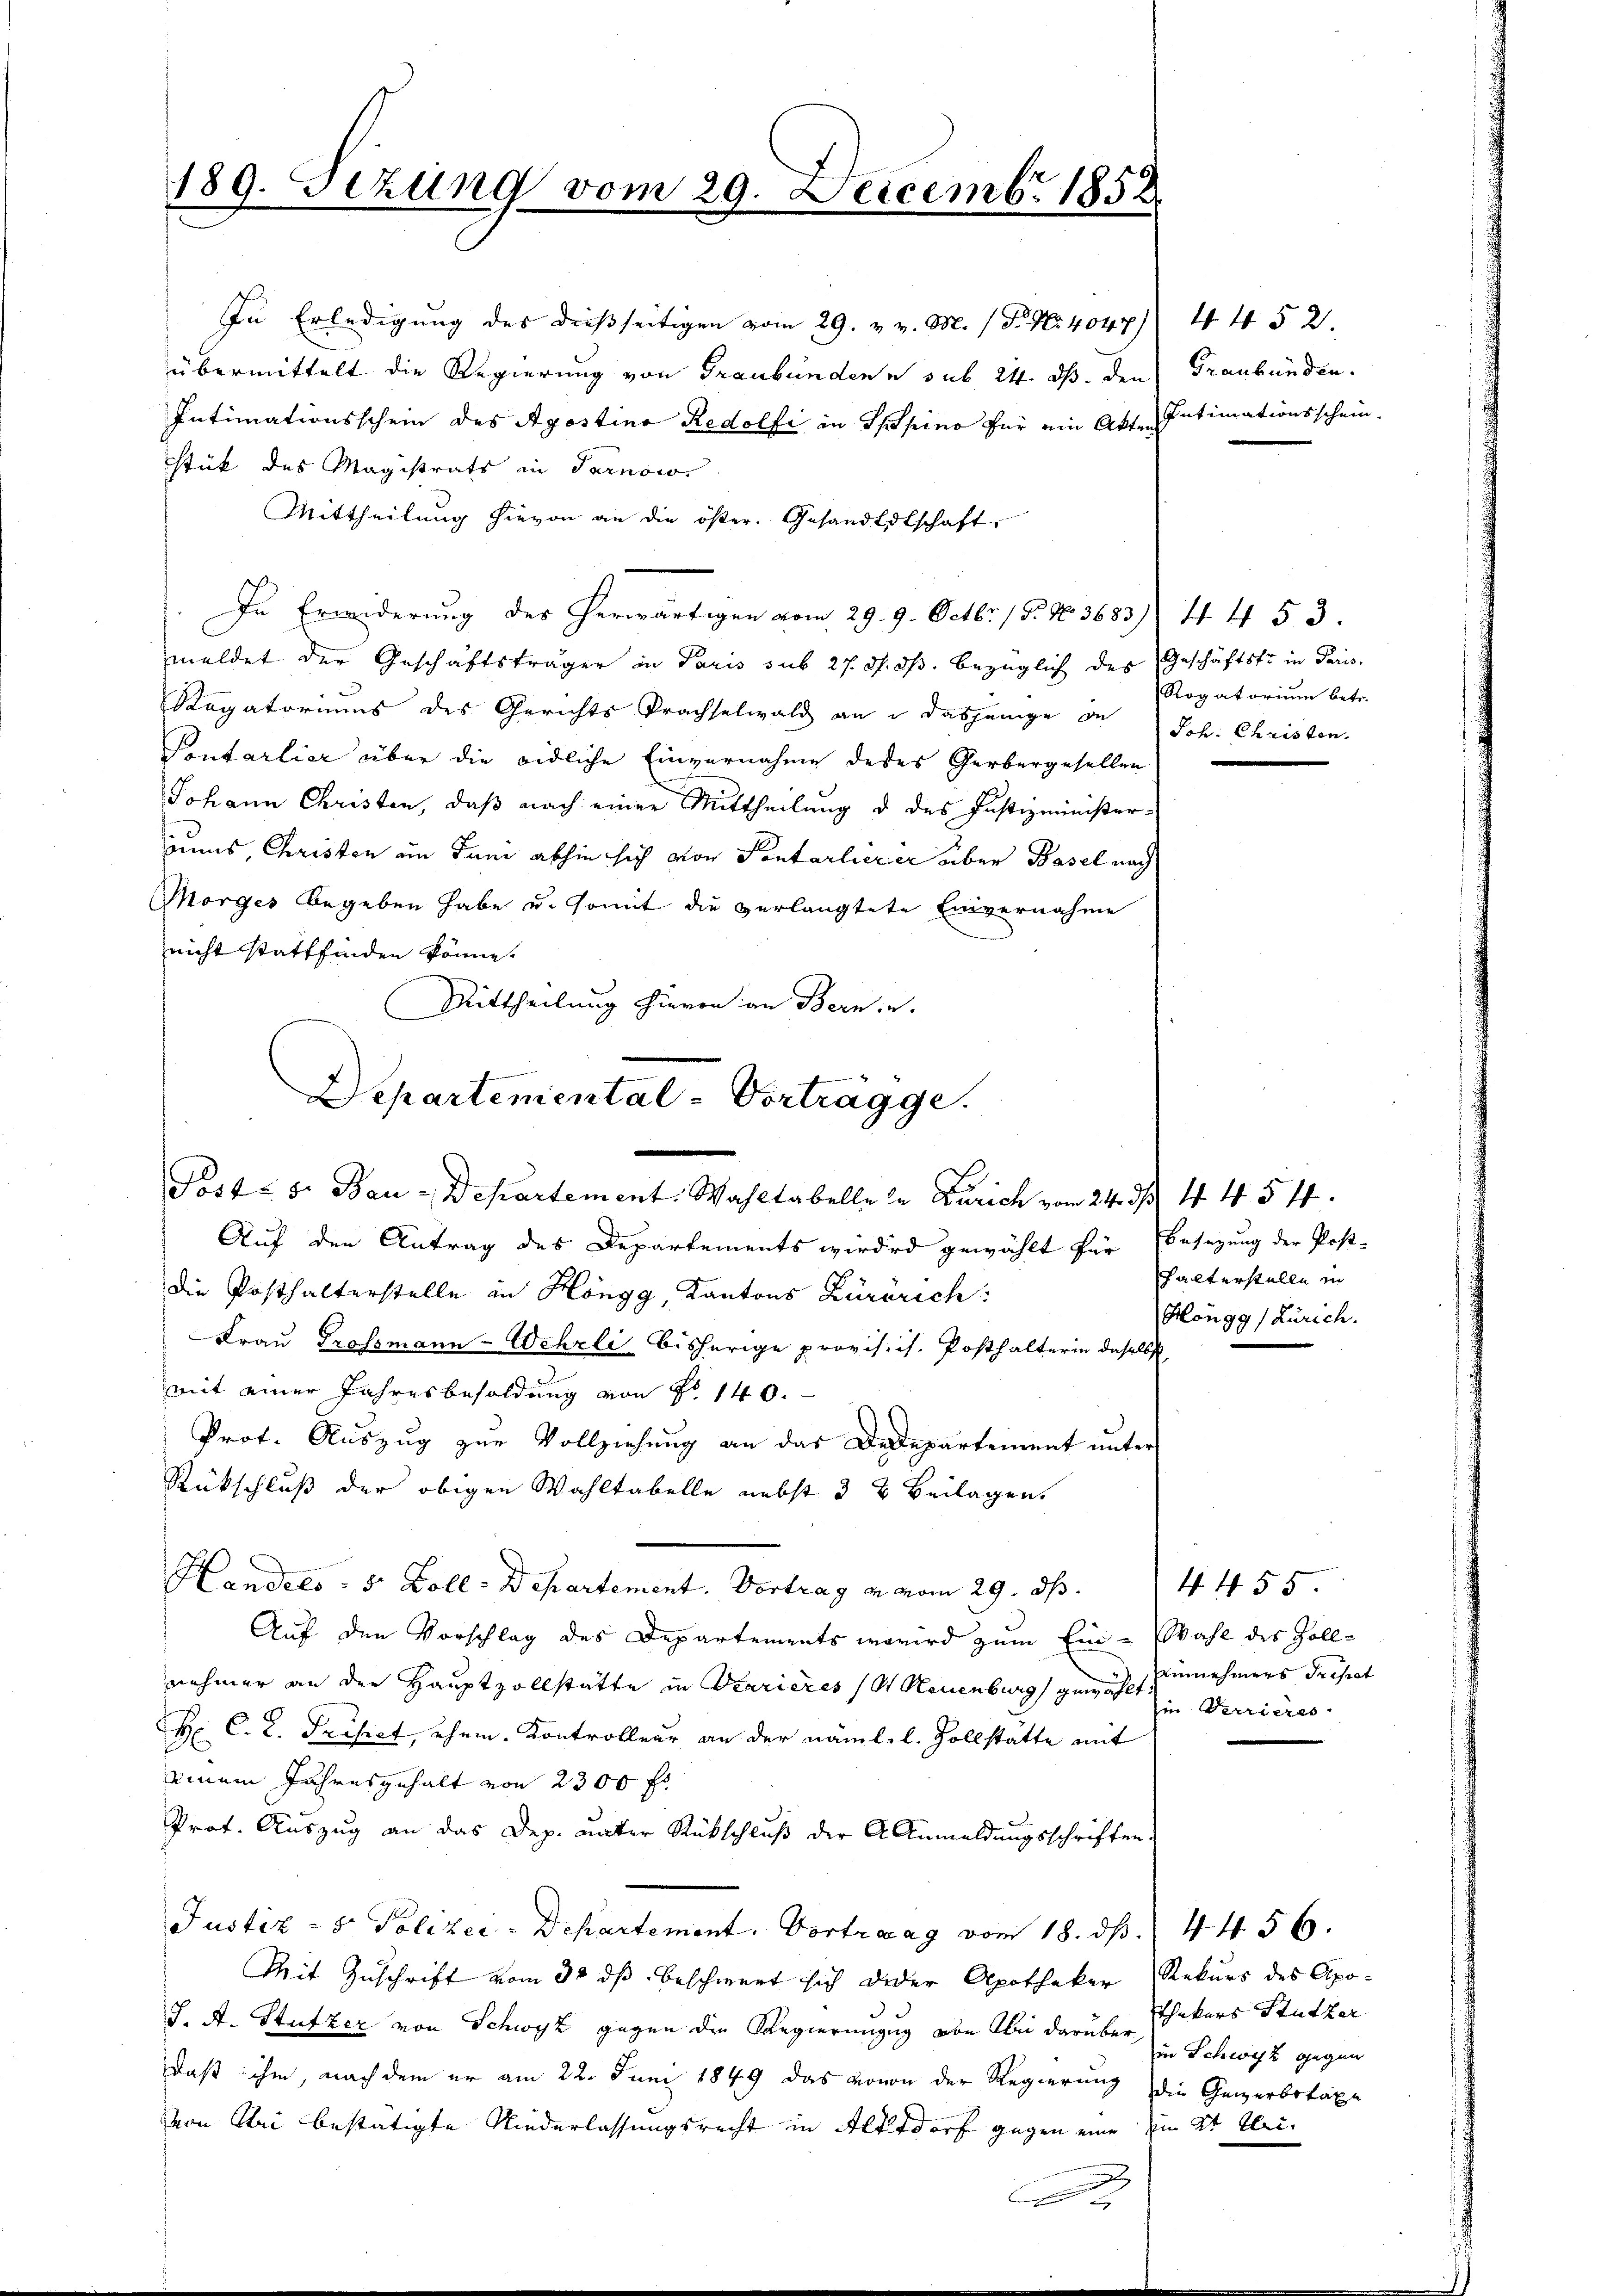
In Erledigung des dießseitigen vom 29. v. v. M. / P. Nr. 4047 4452.
übermittelt die Regierung von Graubündene sub 24. ds. den Graubünden.
Intimationsschein des Apostino Redolfi in Spino für ein Akte Intimationsschein.
stück des Magistrats in Tarnow.
Mittheilung hievon an die öster. Gesandtschaft,
In Erwiderung des herwärtigen vom 29. 9. Octbr. 15. No. 3683 44 53.
meldet der Geschäftsträger in Paris sub 27. ds. ds. bezüglich des Geschäftsfr. in Paris.
Ragatoriums des Gerichts Prachselwald an u dasjenige de Joh. Christen.
Pontarlier über die eidliche Einvernahme deses Gerbergesellen
Johann Christen, daß nach einer Mittheilung d des Justizministerruns, Christen im Juni abhin sich von Sontarlierer über Basel nach
Morges begeben habe u. somit die verlangtete Einvernahme
nicht stattfinden könne.
Mittheilung hievon an Bern u.
Departemental Vorträgge.

189. Sizung vom 29. Decembr. 1858

Post- u. Bau-Departement. Wahltabelle in Zürich vom 24. ds. 44. 54.

Auf den Antrag des Departements wirded gewählt für Besetzung der Post-
die Posthalterstelle in Höngg, Kantons Zürörich:
Frau Grossmann Wehrli bisherige provisis. Posthalterin daselbst
mit einer Jahresbesoldung von Fr. 140.
Prot. Auszug zur Vollziehung an das Dedepartement unter
Rückschluß der obigen Wahltabelle nebst 3 & Beilagen.
Handels - 5 Zoll - Departement. Vortrag in vom 29. ds.
Auf den Vorschlag des Departements wird zum Ein-Wahl des Zoll-
nehmer an der Hauptzollstatte in Marieres (Neuenburg gewählt innehmers diesert
H C. C. Frisch, ehem. Kontrolleur an der nämlel. Zollstatte mit
einem Jahresgehalt von 2300 fr
Prof. Auszug an das Dep. unter Rückschluß der A Anmeldungsschriften
Justiz- & Polizei-Departement. Vortrag vom 18. ds. 4456.
Mit Zuschrift vom 30 ds beschwert sich deder Apotheker Rekurs des Apo¬
J. A. Stutzer von Schwyz gegen die Regierungung von bei darüber Thekars Stutzer
daß ihm, nach dem er am 22. Juni 1849 das wovon der Regierung die Gewerbstaxe
von Sei bestätigte Niederlassungsrecht in Altdorf gegen eine im 2t Klei¬
.

Rogatorium betr.

halterstelle in
Höngg (Zürich.

f 55
zin Verrieres.

in Schwyz gegen